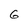
Character: 6